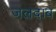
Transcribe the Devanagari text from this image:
जलदाब